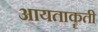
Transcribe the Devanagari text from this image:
आयताकॄती